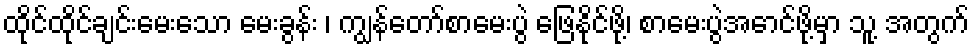
ထိုင်ထိုင်ချင်းမေးသော မေးခွန်း ၊ ကျွန်တော်စာမေးပွဲ ဖြေနိုင်ဖို့၊ စာမေးပွဲအောင်ဖို့မှာ သူ့ အတွက်